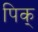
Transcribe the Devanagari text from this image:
पिक्